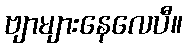
ဗျာများနေလေပီ။